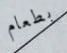
بطعام